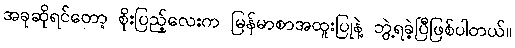
အခုဆိုရင်တော့ စိုးပြည့်လေးက မြန်မာစာအထူးပြုနဲ့ ဘွဲ့ရခဲ့ပြီဖြစ်ပါတယ်။